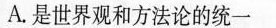
A.是世界观和方法论的统一